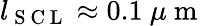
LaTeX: l_{\mathrm{~S~C~L~}}\approx 0.1\ \mu\mathrm{~m~}